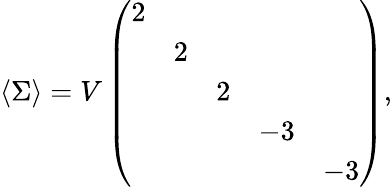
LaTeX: \langle\Sigma\rangle=V\left(\begin{array}{ccccc}{{2}}&{{}}&{{}}&{{}}&{{}}\\ {{}}&{{2}}&{{}}&{{}}&{{}}\\ {{}}&{{}}&{{2}}&{{}}&{{}}\\ {{}}&{{}}&{{}}&{{-3}}&{{}}\\ {{}}&{{}}&{{}}&{{}}&{{-3}}\end{array}\right),